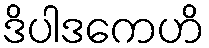
ဒိပါဒကေဟိ